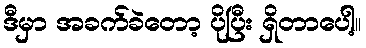
ဒီမှာ အခက်ခဲတော့ ပိုပြီး ရှိတာပေါ့။